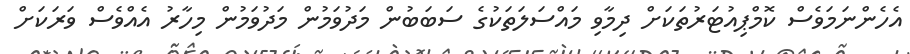
އެހެންނަމަވެސް ކޮމްޕިއުޓަރުތަކަށް ދިމާވި މައްސަލަތަކުގެ ސަބަބުން މަދުވަމުން މަދުވަމުން މިހާރު އެއްވެސް ވަރަކަށް